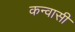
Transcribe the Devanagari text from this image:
कन्वासी